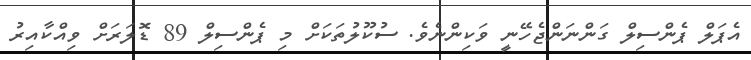
އެޕަލް ޕެންސިލް ގަންނަންޖެހޭނީ ވަކިންނެވެ. ސުކޫލުތަކަށް މި ޕެންސިލް 89 ޑޮލަރަށް ވިއްކާއިރު